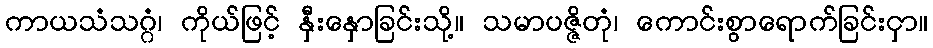
ကာယသံသဂ္ဂံ၊ ကိုယ်ဖြင့် နှီးနှောခြင်းသို့။ သမာပဇ္ဇိတုံ၊ ကောင်းစွာရောက်ခြင်းငှာ။